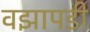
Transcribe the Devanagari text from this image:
वझापडी